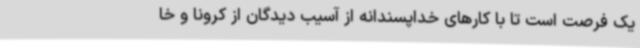
یک فرصت‌ است تا با کارهای خداپسندانه از آسیب دیدگان از کرونا و خا